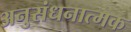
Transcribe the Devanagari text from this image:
अनुसंधनात्मक